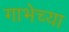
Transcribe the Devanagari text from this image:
गाभेच्या